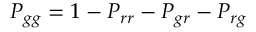
P _ { g g } = 1 - P _ { r r } - P _ { g r } - P _ { r g }